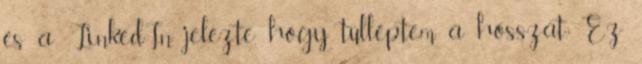
és a LinkedIn jelezte, hogy túlléptem a hosszat. Ez